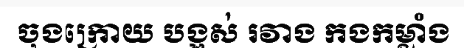
ចុងក្រោយ បង្អស់ រវាង កងកម្លាំង